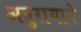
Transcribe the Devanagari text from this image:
अनुरागाने